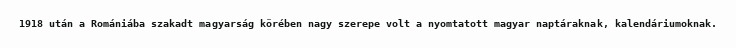
1918 után a Romániába szakadt magyarság körében nagy szerepe volt a nyomtatott magyar naptáraknak, kalendáriumoknak.